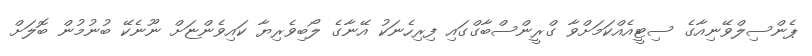
ޕެންސިލްވޭނިއާގެ ސިޓީއެއްކަމަށްވާ ގްރީންސްބާގްގައި ފިރިހެނަކު އޭނާގެ ލޯބިވެރިޔާ ކައިވެންޏަށް ނޫނެކޭ ބުނުމުން ބޮލަށް